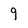
Character: 9